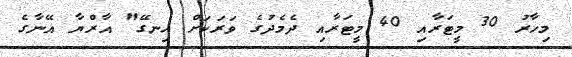
މިހާރު 30 މީޓަރާއި 40 މީޓަރާއި ދެމެދުގެ ވަރަކަށް ހިނގޭ" އާރްޔާ އޭނާގެ